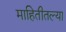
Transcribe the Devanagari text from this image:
माहितीतल्या